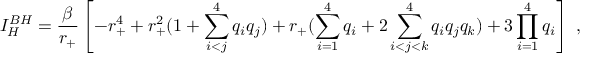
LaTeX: I _ { H } ^ { B H } = { \frac { \beta } { r _ { + } } } \left[ - r _ { + } ^ { 4 } + r _ { + } ^ { 2 } ( 1 + \sum _ { i < j } ^ { 4 } q _ { i } q _ { j } ) + r _ { + } ( \sum _ { i = 1 } ^ { 4 } q _ { i } + 2 \sum _ { i < j < k } ^ { 4 } q _ { i } q _ { j } q _ { k } ) + 3 \prod _ { i = 1 } ^ { 4 } q _ { i } \right] \ ,